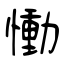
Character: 慟